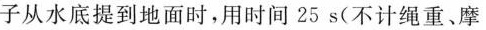
子从水底提到地面时，用时间25s(不计绳重、摩